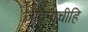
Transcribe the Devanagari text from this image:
जीवनाचीहि